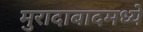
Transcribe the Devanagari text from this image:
मुरादाबादमध्ये